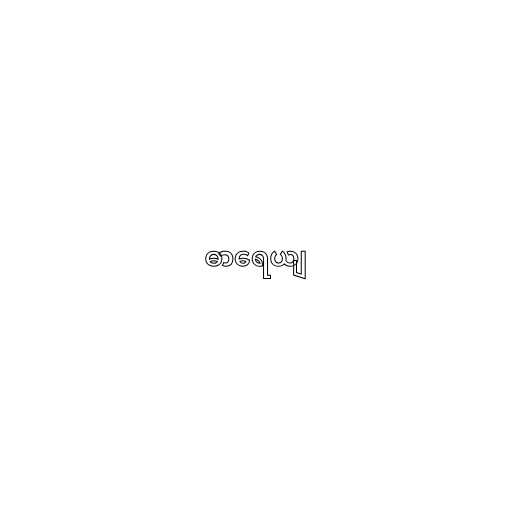
ဓာရေယျ